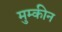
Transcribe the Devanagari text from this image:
मुम्कीन